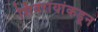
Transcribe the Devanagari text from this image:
शिवरायांकडून